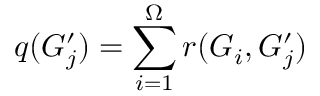
q ( G _ { j } ^ { \prime } ) = \sum _ { i = 1 } ^ { \Omega } r ( G _ { i } , G _ { j } ^ { \prime } )